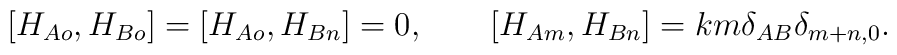
[H_{Ao},H_{Bo}]=[H_{Ao},H_{Bn}]=0,\qquad[H_{Am},H_{Bn}]=km\delta_{AB}\delta_{m+n,0}.